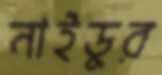
নাইডুর